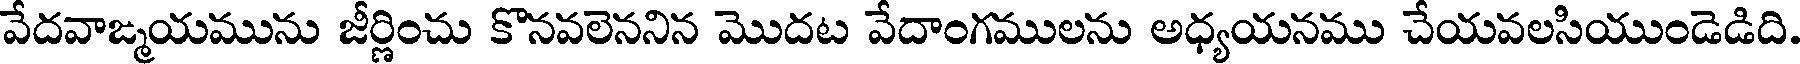
వేదవాఙ్మయమును జీర్ణించు కొనవలెననిన మొదట వేదాంగములను అధ్యయనము చేయవలసియుండెడిది.